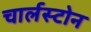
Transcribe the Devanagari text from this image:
चार्लस्टोन